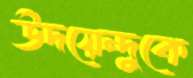
উদয়েন্দুকে